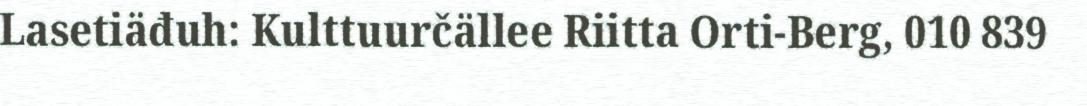
Lasetiäđuh: Kulttuurčällee Riitta Orti-Berg, 010 839